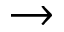
\rightarrow